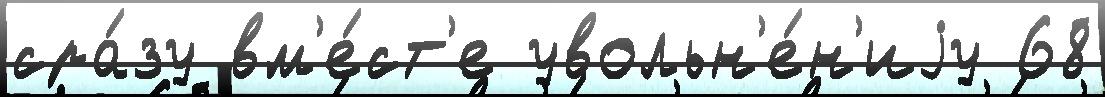
сра́зу вм'е́ст'е увольн'е́н'иjу 68